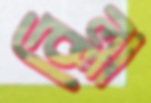
বিল্লা